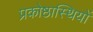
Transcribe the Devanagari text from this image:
प्रकोष्ठास्थियों